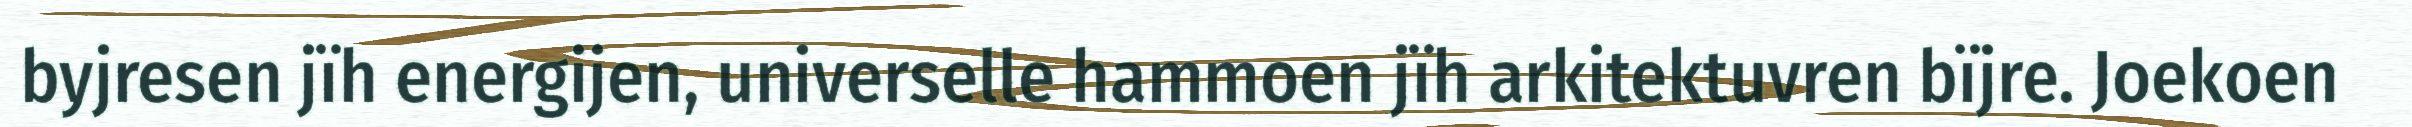
byjresen jïh energijen, universelle hammoen jïh arkitektuvren bïjre. Joekoen